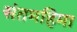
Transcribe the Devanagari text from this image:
संतमहिमा